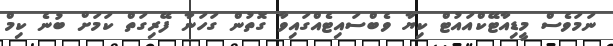
ނަމަވެސް މީޑިއާޓޭކްއައުޓް ކިޔާ ވެބްސައިޓެއްގައިވާ ގޮތުން ގަހަނާ ފޭރިގަތް ކަމަށް ބުނެ ކިމް